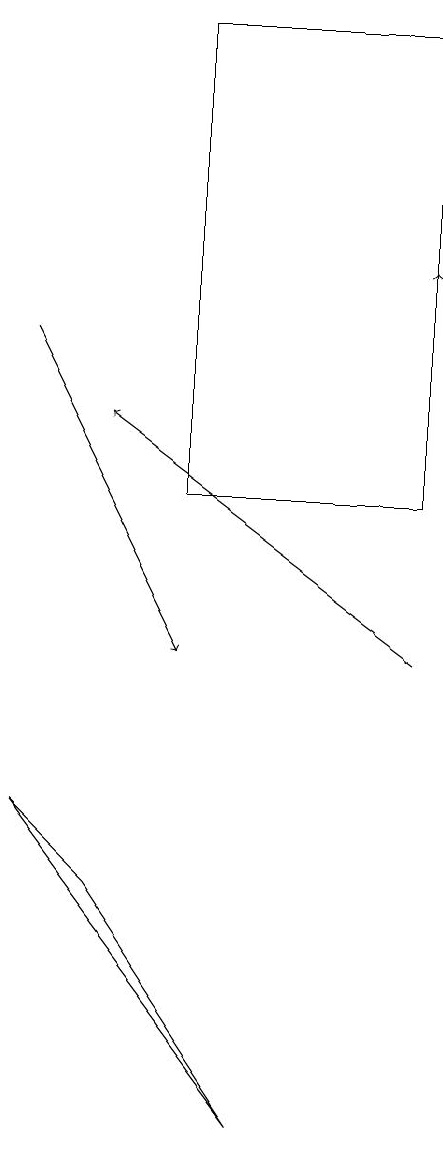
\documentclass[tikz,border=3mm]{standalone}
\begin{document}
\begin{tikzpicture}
\draw (5,18) rectangle (8,12);
\draw[->] (8,12) -- (8,15);
\draw[->] (8,10) -- (4,13);
\draw[->] (3,14) -- (5,10);
\draw (3,8) -- (4,7) -- (6,4) -- cycle;
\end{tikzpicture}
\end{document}